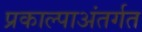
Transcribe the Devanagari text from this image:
प्रकाल्पाअंतर्गत